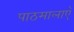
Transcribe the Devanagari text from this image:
पाठमालाएँ